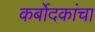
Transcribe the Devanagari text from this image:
कर्बोदकांचा